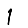
Digit: 1